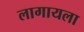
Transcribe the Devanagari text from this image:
लागायला